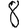
Digit: 8